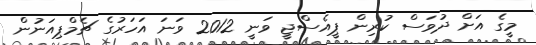
މީގެ އަށް ދުވަސް ކުރިން ޕީއެސްޖީ ވަނީ 2012 ވަނަ އަހަރުގެ ޗެމްޕިއަނުން